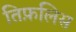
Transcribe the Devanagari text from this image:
तिफ़लिस